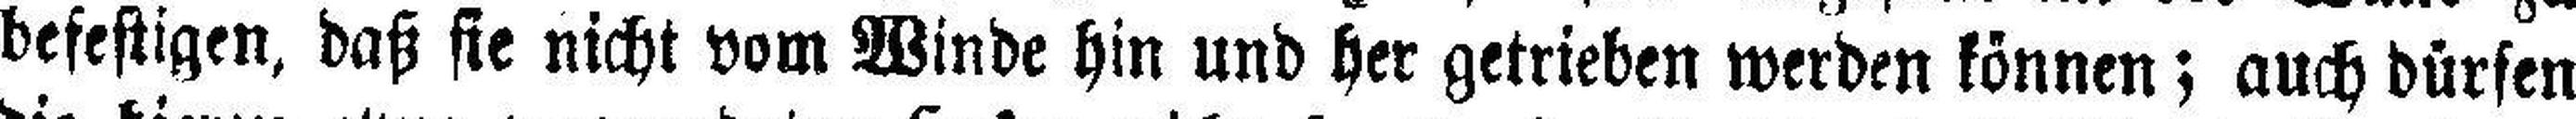
befestigen, daß sie nicht vom Winde hin und her getrieben werden können; auch dürfen